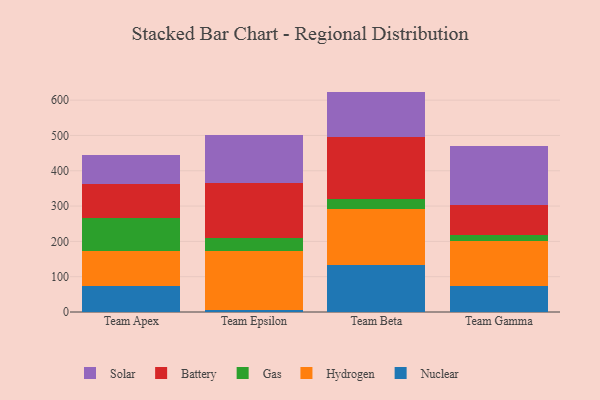
{"axis": {"x": "Team", "y": "Production Output"}, "legend": ["Battery", "Gas", "Hydrogen", "Nuclear", "Solar"], "data": [{"x": "Team Apex", "y": 74.2, "type": "Nuclear"}, {"x": "Team Apex", "y": 99.9, "type": "Hydrogen"}, {"x": "Team Apex", "y": 90.9, "type": "Gas"}, {"x": "Team Apex", "y": 97.5, "type": "Battery"}, {"x": "Team Apex", "y": 81.5, "type": "Solar"}, {"x": "Team Epsilon", "y": 7.0, "type": "Nuclear"}, {"x": "Team Epsilon", "y": 165.4, "type": "Hydrogen"}, {"x": "Team Epsilon", "y": 37.0, "type": "Gas"}, {"x": "Team Epsilon", "y": 155.5, "type": "Battery"}, {"x": "Team Epsilon", "y": 137.4, "type": "Solar"}, {"x": "Team Beta", "y": 132.1, "type": "Nuclear"}, {"x": "Team Beta", "y": 160.9, "type": "Hydrogen"}, {"x": "Team Beta", "y": 27.1, "type": "Gas"}, {"x": "Team Beta", "y": 176.1, "type": "Battery"}, {"x": "Team Beta", "y": 128.0, "type": "Solar"}, {"x": "Team Gamma", "y": 74.1, "type": "Nuclear"}, {"x": "Team Gamma", "y": 125.9, "type": "Hydrogen"}, {"x": "Team Gamma", "y": 18.7, "type": "Gas"}, {"x": "Team Gamma", "y": 84.8, "type": "Battery"}, {"x": "Team Gamma", "y": 167.0, "type": "Solar"}]}